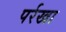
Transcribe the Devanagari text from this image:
पर्रखा